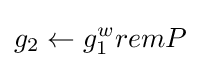
g_{2}\leftarrow g_{1}^{w}remP